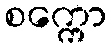
စက္ကော